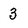
Character: 3